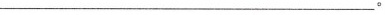
___。